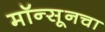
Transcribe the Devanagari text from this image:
मॉन्सूनचा